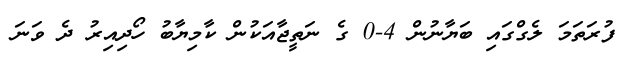
ފުރަތަމަ ލެގްގައި ބަޔާނުން 4-0 ގެ ނަތީޖާއަކުން ކާމިޔާބު ހޯދިއިރު ދެ ވަނަ